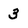
Character: 3